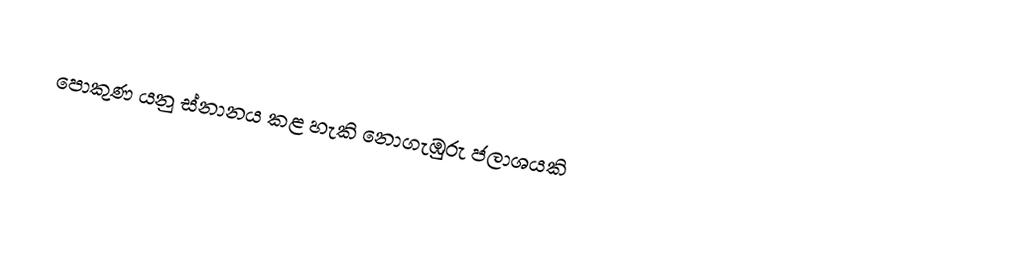
පොකුණ යනු ස්නානය කළ හැකි නොගැඹුරු ජලාශයකි